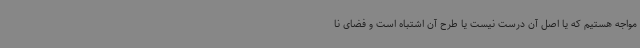
مواجه هستیم که یا اصل آن درست نیست یا طرح آن اشتباه است و فضای نا